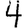
Digit: 4